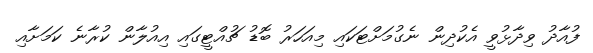
ފުއާދު ވިދާޅުވީ އެކުދިން ނެގުމަށްޓަކައި މިއަހަރު ބޮޑު ޗުއްޓީގައި އިއުލާން ކުރާނެ ކަމަށާއި